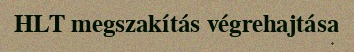
HLT megszakítás végrehajtása